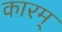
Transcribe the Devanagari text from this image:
कारम्